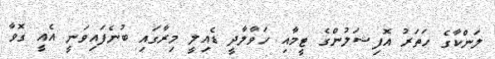
ލަންކާގެ ހަތަރު އޮފިޝަލުންގެ ޓީމާއި ހަވާލާދީ ޑެއިލީ މިރާގައި ބުނެފައިވަނީ އެއީ ގޮވާ